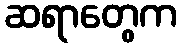
ဆရာတွေက